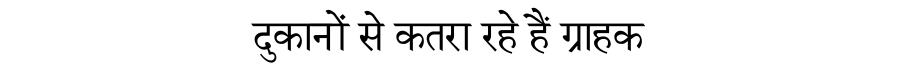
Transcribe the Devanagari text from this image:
दुकानों से कतरा रहे हैं ग्राहक